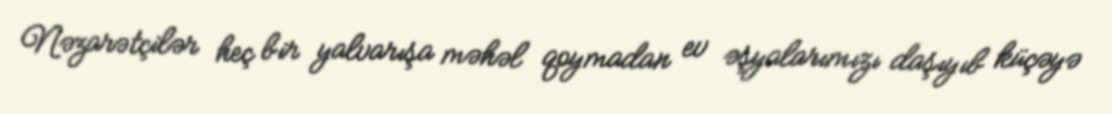
Nəzarətçilər heç bir yalvarışa məhəl qoymadan ev əşyalarımızı daşıyıb küçəyə